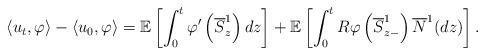
LaTeX: \begin{align*}\left< u_{t},\varphi\right> -\left< u_{0},\varphi\right> = \mathbb{E}\left[ \int_{0}^{t}\varphi'\left(\overline{S}^{1}_{z}\right)dz \right] + \mathbb{E}\left[ \int_{0}^{t} R\varphi\left(\overline{S}^{1}_{z-}\right) \overline{N}^{1}(dz) \right].\end{align*}